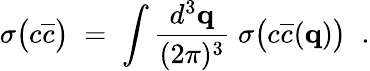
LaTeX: \sigma\big(c\overline{{{c}}}\big)\; =\; \int\frac{d^{3}{\mathbf q}}{(2\pi)^{3}}\; \sigma\big(c\overline{{{c}}}({\mathbf q})\big)\; \; .